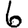
Digit: 6